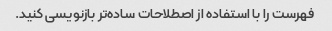
فهرست را با استفاده از اصطلاحات ساده‌تر بازنویسی کنید.